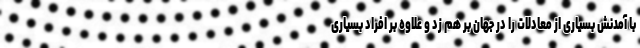
با آمدنش بسیاری از معادلات را در جهان بر هم زد و علاوه بر افراد بسیاری